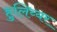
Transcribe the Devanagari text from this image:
हुलिय्यर